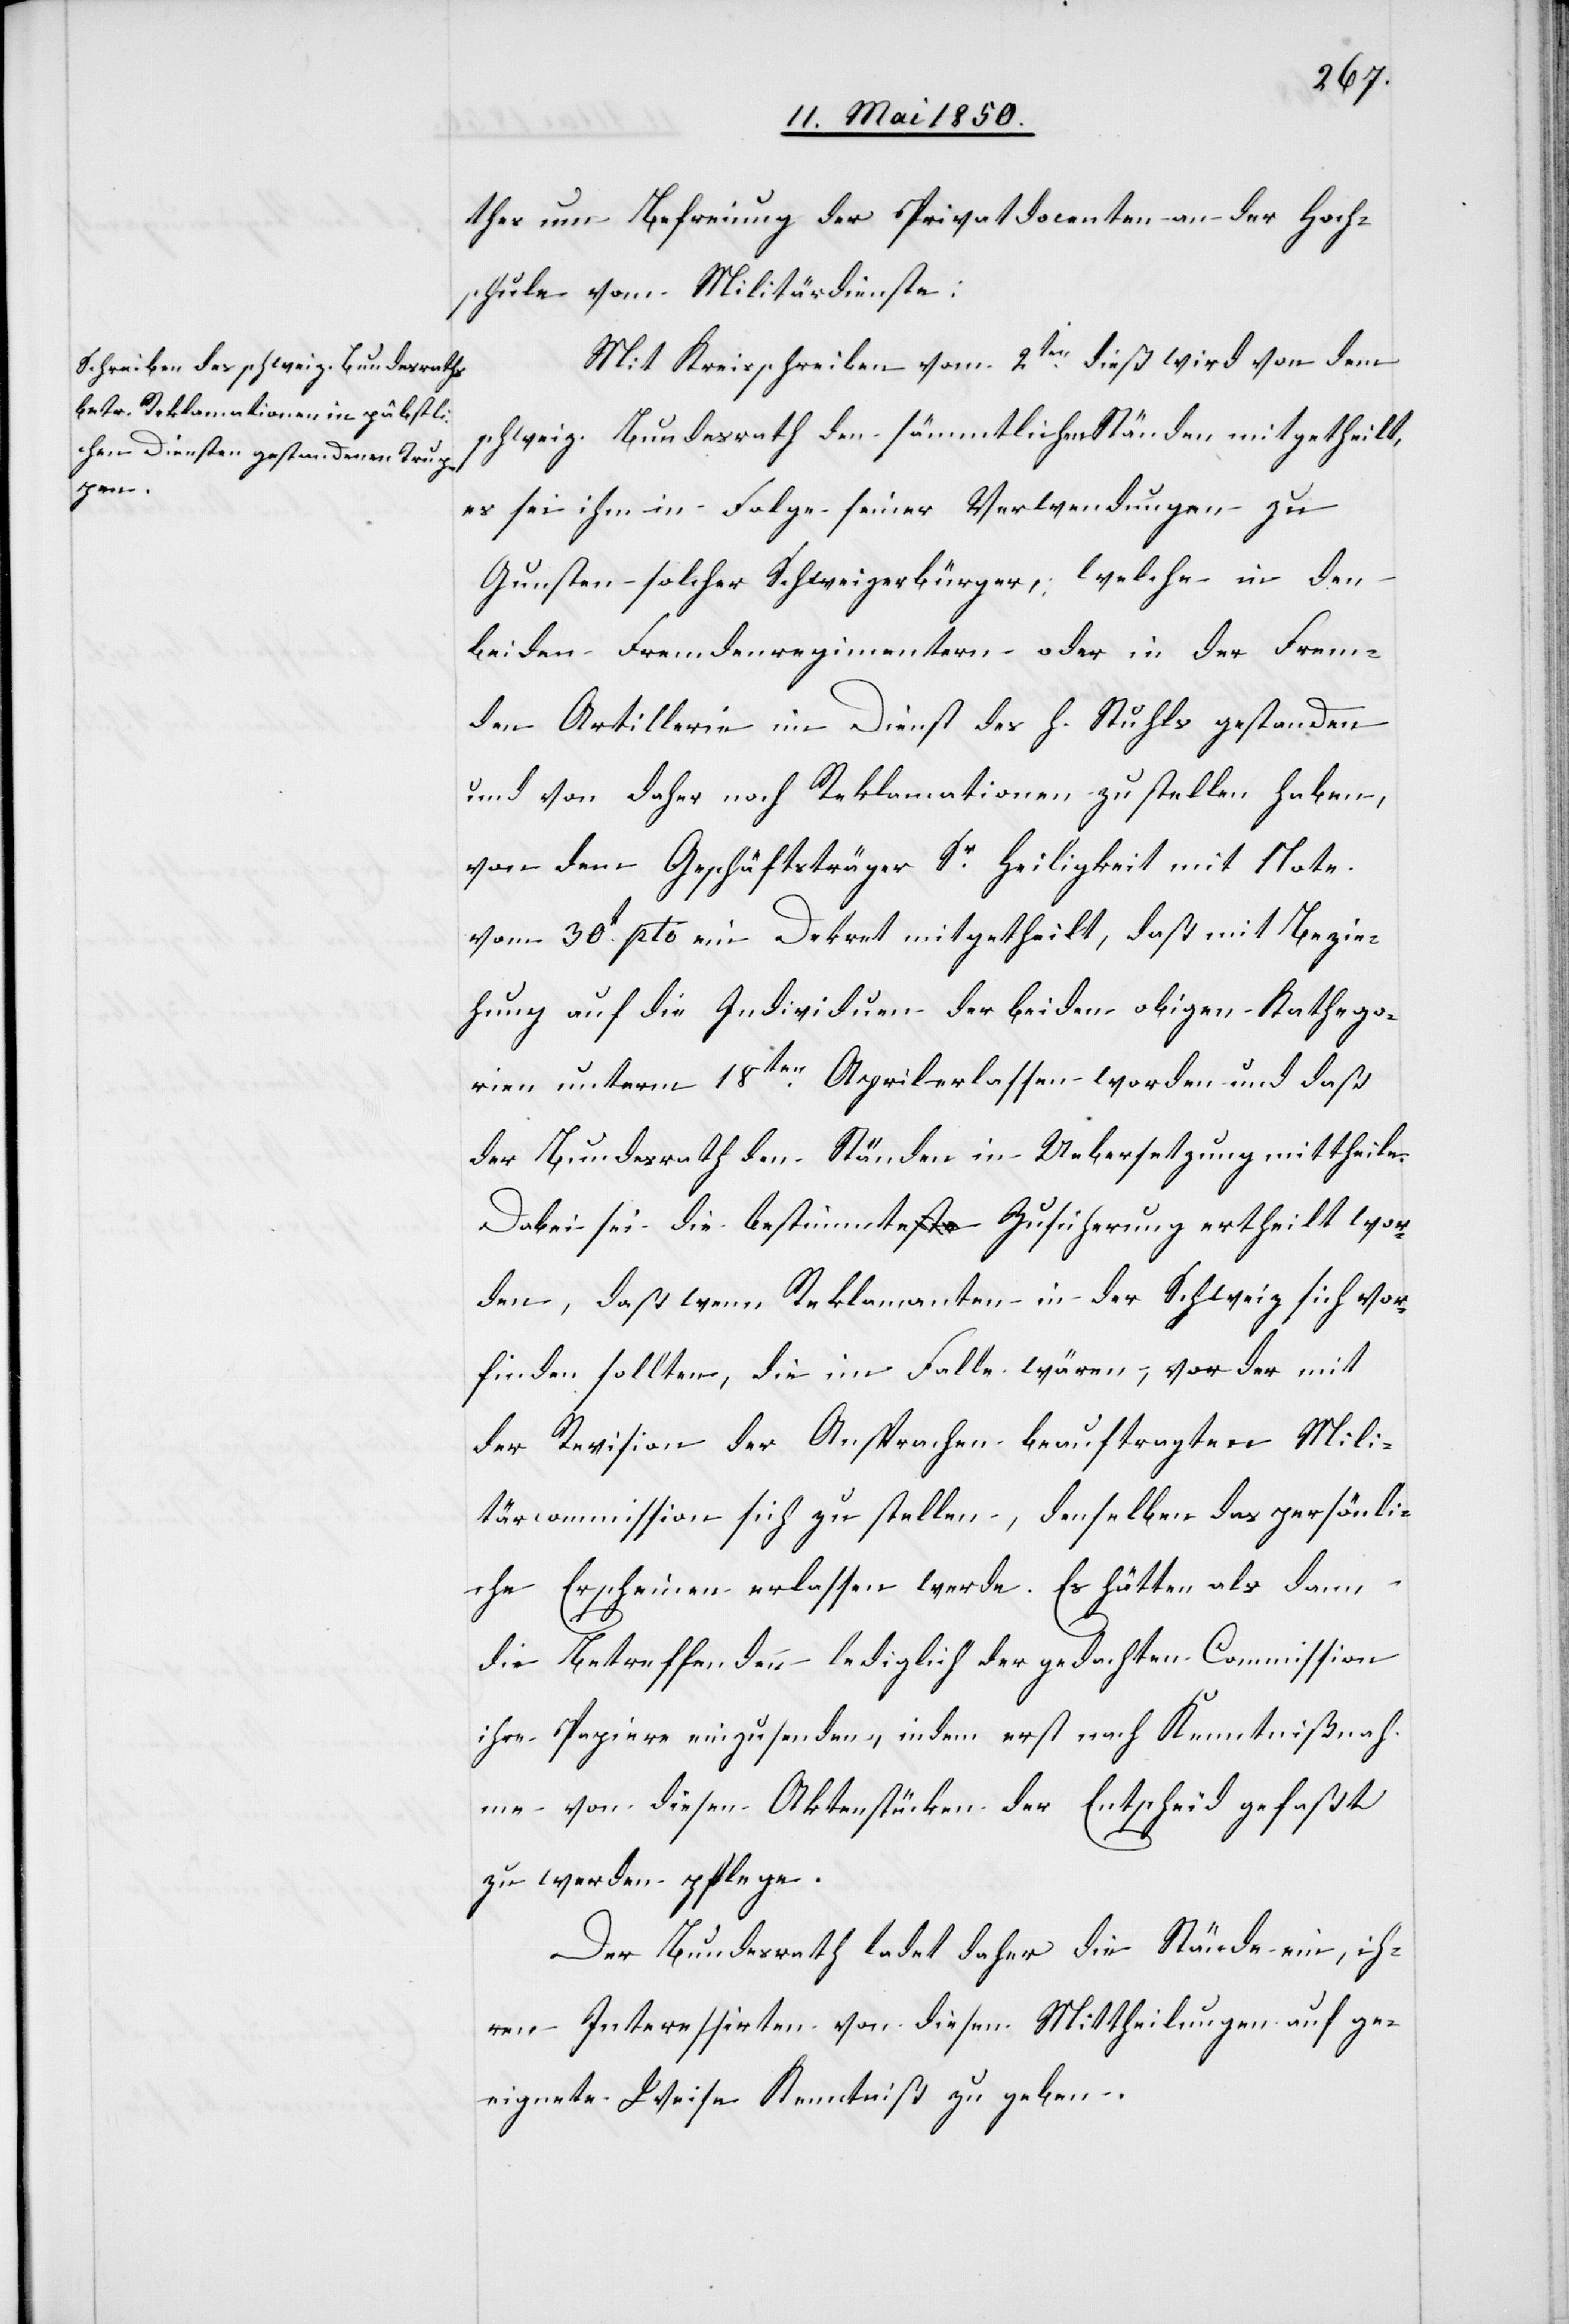
thes um Befreiung der Privatdocenten an der Hoch¬
schule vom Militärdienste.
Mit Kreisschreiben vom 2ten dieß wird von dem
schweiz. Bundesrath den sämmtlichen Ständen mitgetheilt,
es sei ihm in Folge seiner Verwendungen zu
Gunsten solcher Schweizerbürger, welche in den
beiden Fremdenregimentern oder in der Frem¬
den Artillerie im Dienst des h. Stuhls gestanden
und von daher noch Reklamationen zu stellen haben,
von dem Geschäftsträger Sr. Heiligkeit mit Note
vom 30t pto ein Dekret mitgetheilt, daß mit Bezie¬
hung auf die Individuen der beiden obigen Kathego¬
rien unterm 18ten April erlassen worden und daß
der Bundesrath den Ständen in Uebersetzung mittheile.
Dabei sei die bestimmte Zusicherung ertheilt wor¬
den, daß wenn Reklamanten in der Schweiz sich vor¬
finden sollten, die im Falle wären, vor der mit
der Revision der Ansprachen beauftragten Mili¬
tärcommission sich zu stellen, denselben das persönli¬
che Erscheinen erlassen werde. Es hätten als dann
die Betreffenden lediglich der gedachten Commission
ihre Papiere einzusenden, indem erst nach Kenntnißnah¬
me von diesen Aktenstücken der Entscheid gefaßt
zu werden pflege.
Der Bundesrath ladet daher die Stände ein, ih¬
ren Interessirten von diesen Mittheilungen auf ge¬
eignete Weise Kenntniß zu geben.